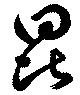
昆